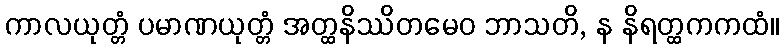
ကာလယုတ္တံ ပမာဏယုတ္တံ အတ္ထနိဿိတမေဝ ဘာသတိ, န နိရတ္ထကကထံ။